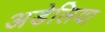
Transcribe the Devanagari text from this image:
अडेलिया